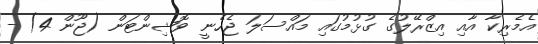
އެމެރިކާ އާއި އިޒްރޭލުގެ ގުޅުމުގައި މައްސަލަ ޖެހެނީ ވޮޝިންޓަން (ޖޫން 4) -